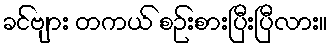
ခင်ဗျား တကယ် စဉ်းစားပြီးပြီလား။